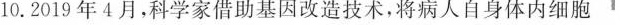
10.2019年4月，科学家借助基因改造技术，将病人自身体内细胞